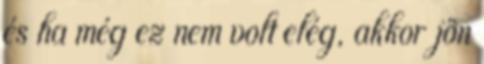
és ha még ez nem volt elég, akkor jön